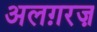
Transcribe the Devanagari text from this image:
अलग़रज़